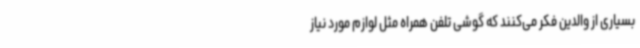
بسیاری از والدین فکر می‌کنند که گوشی تلفن همراه مثل لوازم مورد نیاز